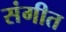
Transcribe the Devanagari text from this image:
संगीत